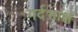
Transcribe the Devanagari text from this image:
गर्दभाक्ष